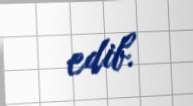
edib.